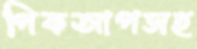
পিকআপসহ